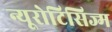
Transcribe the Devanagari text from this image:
न्यूरोटिसिज्म